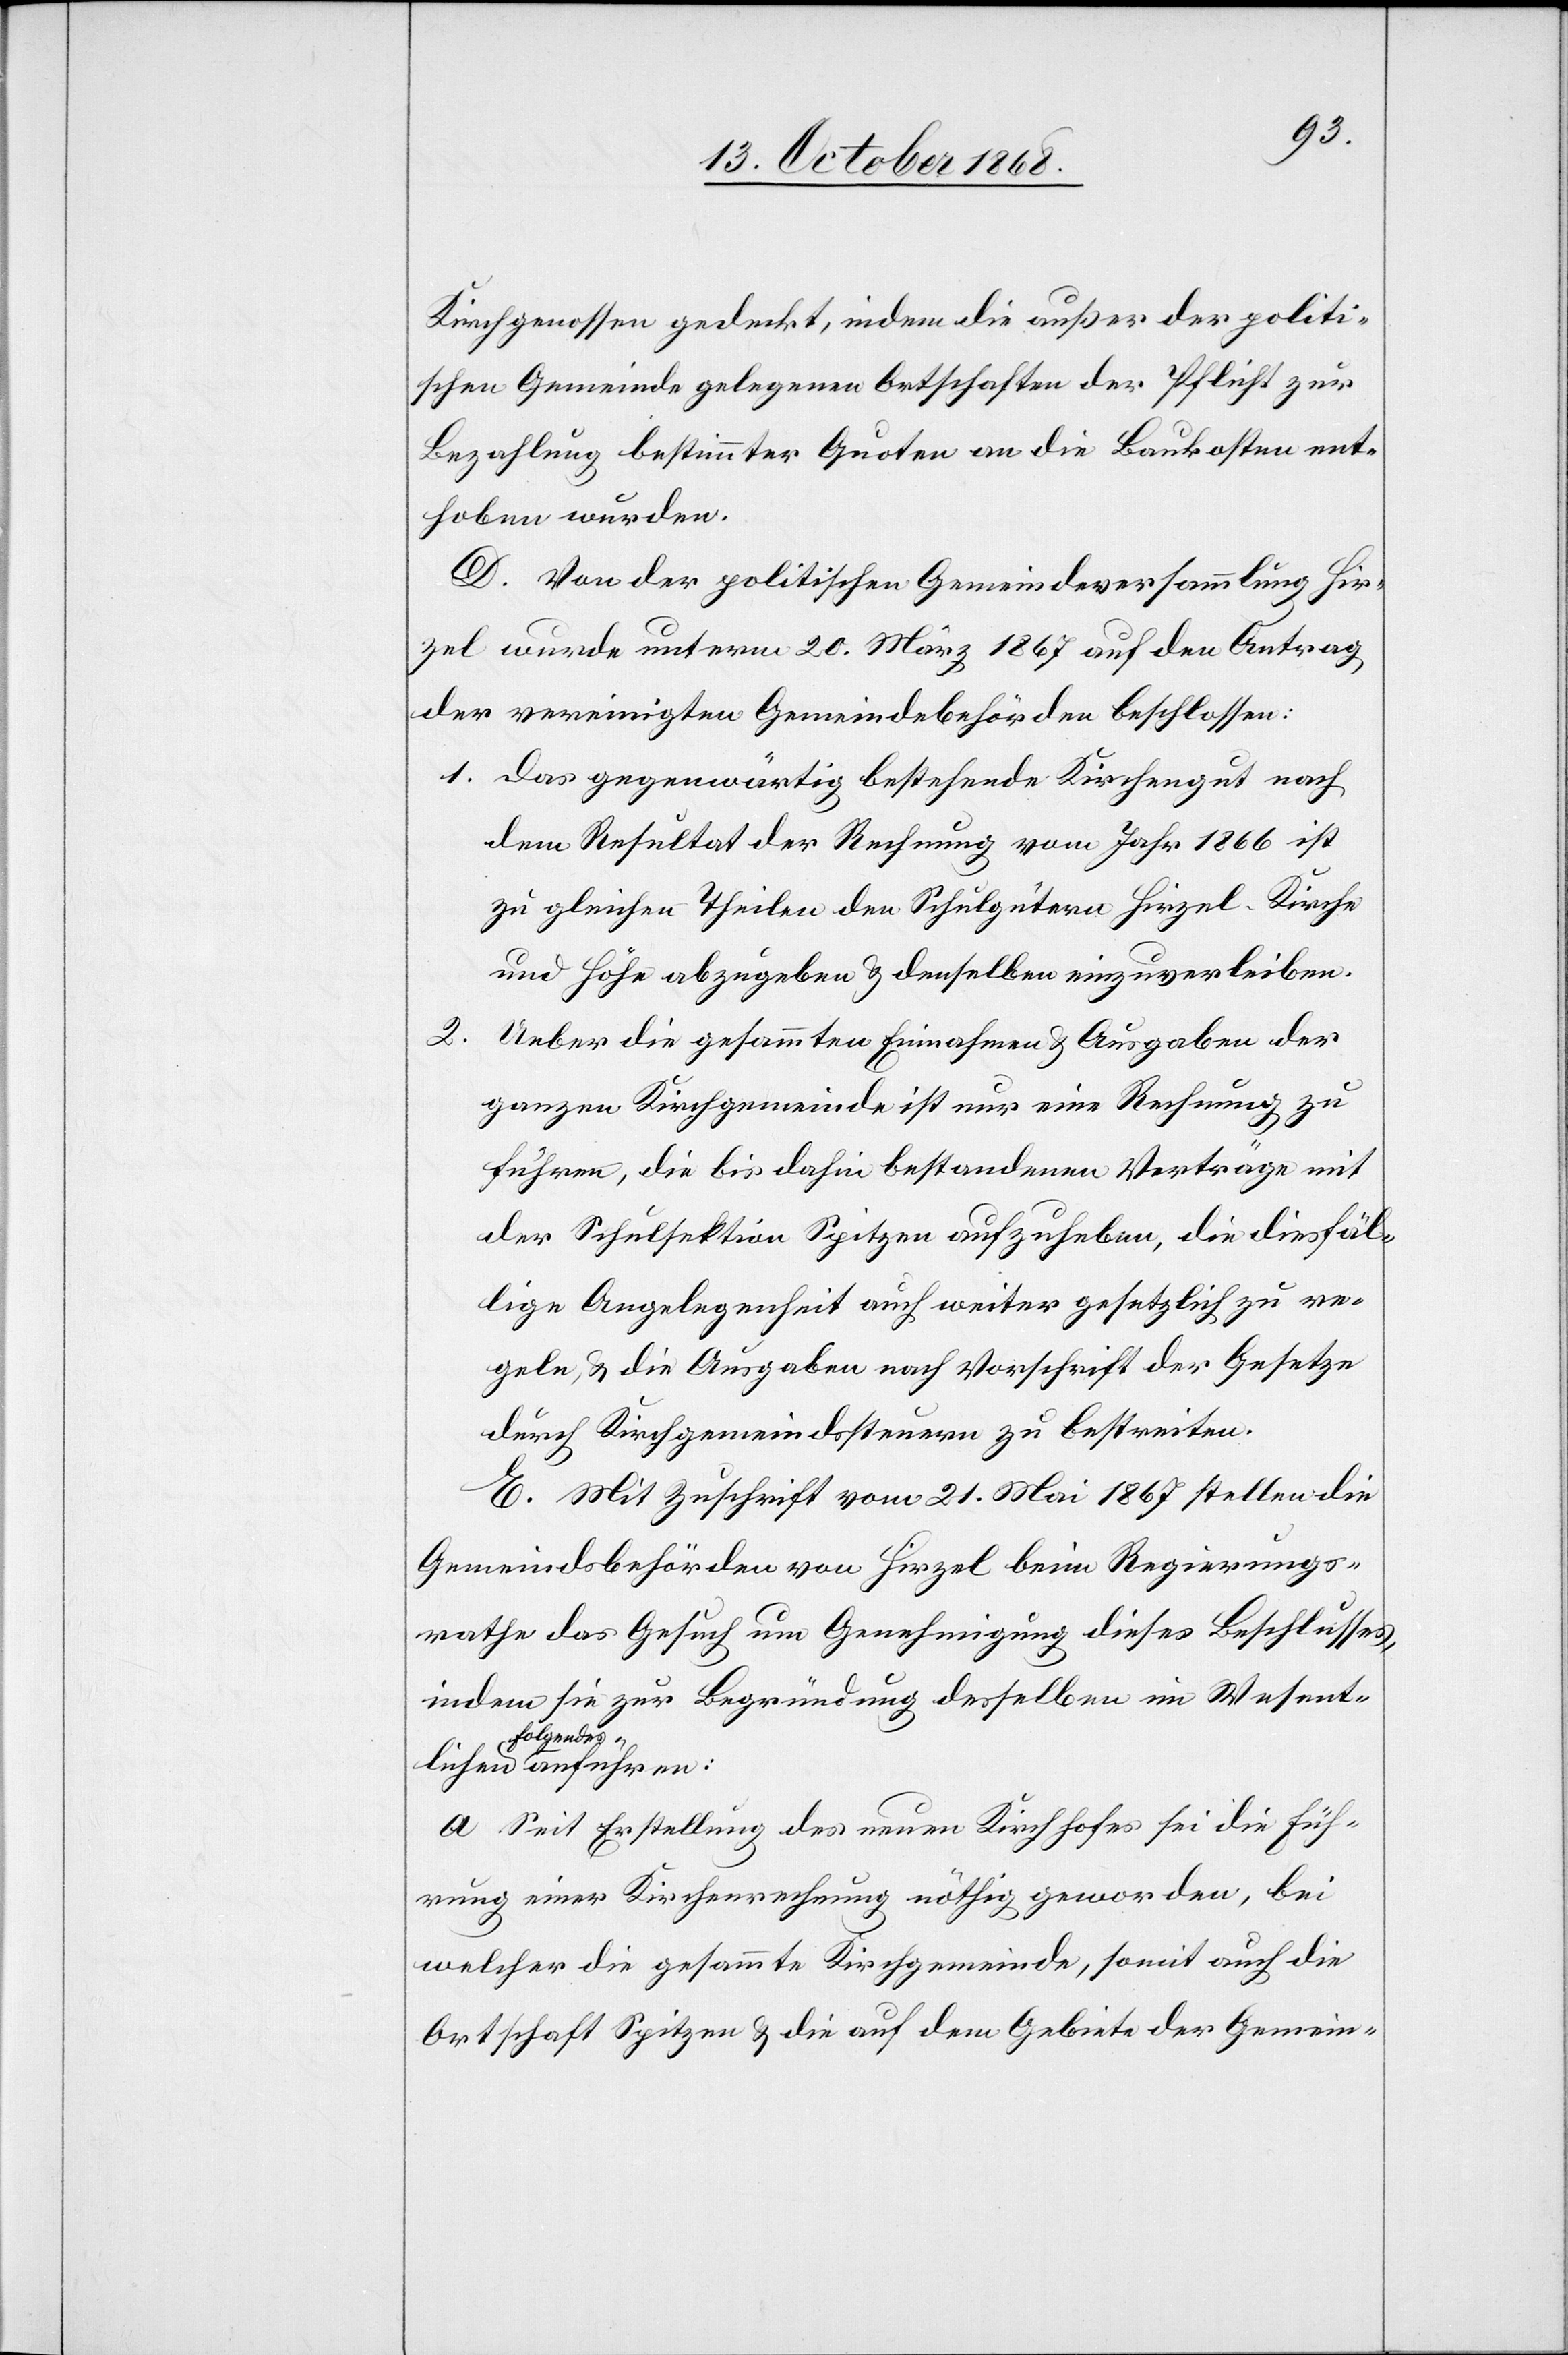
1.
Kirchgenossen gedeckt, indem die außer der politi¬
schen Gemeinde gelegenen Ortschaften der Pflicht zur
Bezahlung bestimmter Quoten an die Baukosten ent¬
hoben wurden.
D. Von der politischen Gemeindeversammlung Hir¬
zel wurde unterm 20. März 1867 auf den Antrag
der vereinigten Gemeindebehörden beschlossen:
Das gegenwärtig bestehende Kirchengut nach
dem Resultat der Rechnung vom Jahr 1866 ist
zu gleichen Theilen den Schulgütern Hirzel-Kirche
und Höhe abzugeben & denselben einzuverleiben.
2.
Ueber die gesammten Einnahmen & Ausgaben der
ganzen Kirchgemeinde ist nur eine Rechnung zu
führen, die bis dahin bestandenen Verträge mit
der Schulsektion Spitzen aufzuheben, die diesfäl¬
lige Angelegenheit auch weiter gesetzlich zu re¬
geln, & die Ausgaben nach Vorschrift der Gesetze
durch Kirchgemeindssteuern zu bestreiten.
E. Mit Zuschrift vom 21. Mai 1867 stellen die
Gemeindsbehörden von Hirzel beim Regierungs¬
rathe das Gesuch um Genehmigung dieses Beschlusses,
indem sie zur Begründung desselben im Wesent¬
Folgendes
a. Seit Erstellung des neuen Kirchhofes sei die Füh¬
rung einer Kirchenrechnung nöthig geworden, bei
welcher die gesammte Kirchgemeinde, somit auch die
Ortschaft Spitzen & die auf dem Gebiete der Gemein-